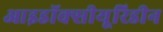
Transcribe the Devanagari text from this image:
आइडॉक्सीयूरिडीन